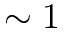
\sim 1